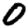
Digit: 0